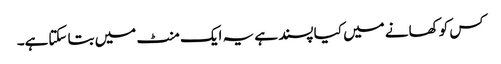
کس کو کھانے میں کیا پسند ہے یہ ایک منٹ میں بتا سکتاہے۔